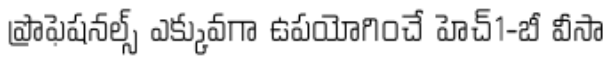
ప్రొఫెషనల్స్ ఎక్కువగా ఉపయోగించే హెచ్1-బీ వీసా